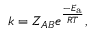
k = Z _ { A B } e ^ { \frac { - E _ { \mathrm { { a } } } } { R T } } ,